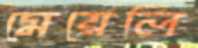
মেয়েলি